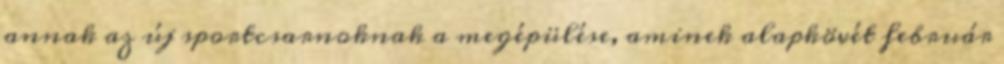
annak az új sportcsarnoknak a megépülése, aminek alapkövét február